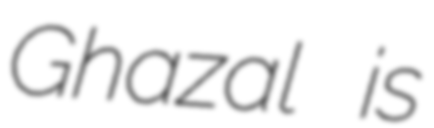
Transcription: Ghazal is